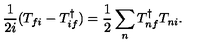
\frac { 1 } { 2 i } ( T _ { f i } - T _ { i f } ^ { \dagger } ) = \frac { 1 } { 2 } \sum _ { n } T _ { n f } ^ { \dagger } T _ { n i } .